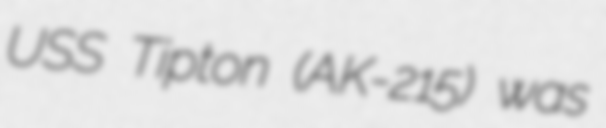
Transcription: USS Tipton (AK-215) was